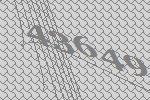
43649